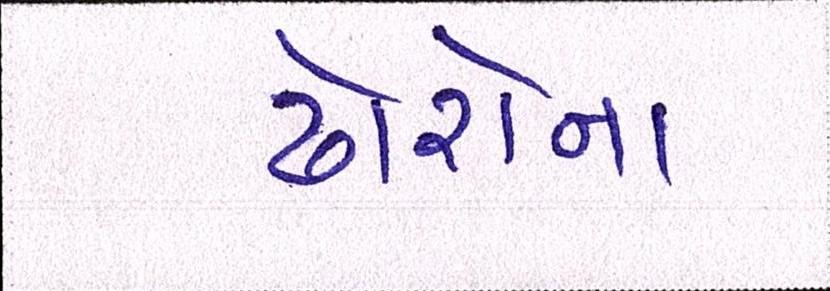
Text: ઢોરોના